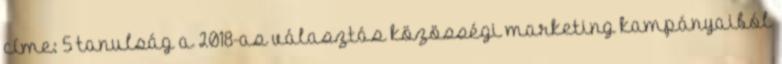
címe: 5 tanulság a 2018-as választás közösségi marketing kampányaiból